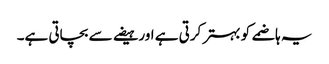
یہ ہاضمے کو بہتر کرتی ہے اور ہیضے سے بچاتی ہے۔